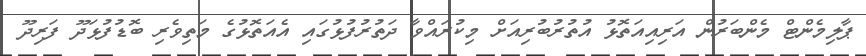
ޕާލިމެންޓް މެންބަރުން އަރިއިއަތޮޅު އުތުރުބުރިއަށް މިކުރައްވާ ދަތުރުފުޅުގައި އެއަތޮޅުގެ މަތިވެރި ބޮޑުފުޅަދޫ ފަރިދޫ